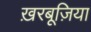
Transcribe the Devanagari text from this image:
ख़रबूज़िया